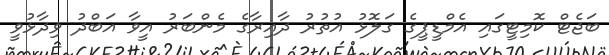
ބަޖެޓް ކޮމިޓީގައި އެމްޑީޕީގެ ގަލޮޅު އުތުރު ދާއިރާގެ މެންބަރު އީވާ އަބްދު ވިދާޅުވީ